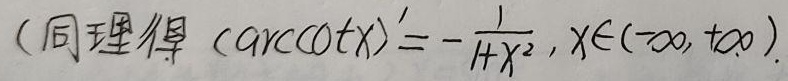
(同理得 $(\text{arccot}x)'=-\frac{1}{1 + x^2},x\in(-\infty,+\infty)$.)